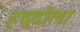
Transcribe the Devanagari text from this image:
हद्दीला